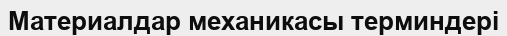
Материалдар механикасы терминдері